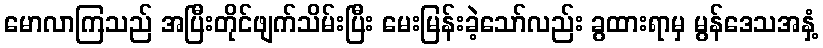
မောလာကြသည် အပြီးတိုင်ဖျက်သိမ်းပြီး မေးမြန်းခဲ့သော်လည်း ခွထားရာမှ မွန်ဒေသအနှံ့